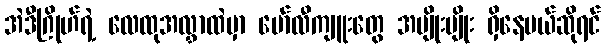
အဲဒီဂြိုဟ်ရဲ့ လေထုအလွှာထဲမှာ မော်လီကျူးတွေ အမျိုးမျိုး ရှိနေမယ်ဆိုရင်